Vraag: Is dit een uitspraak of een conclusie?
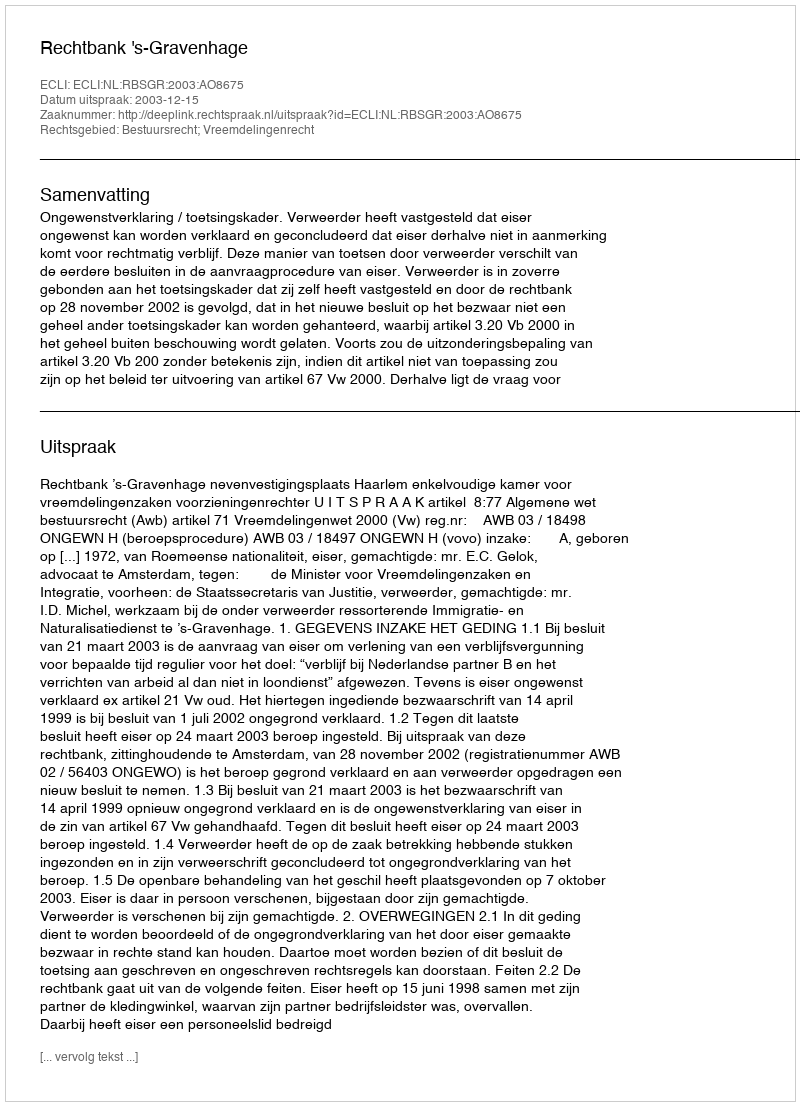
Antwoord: Uitspraak